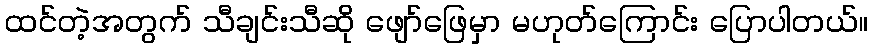
ထင်တဲ့အတွက် သီချင်းသီဆို ဖျော်ဖြေမှာ မဟုတ်ကြောင်း ပြောပါတယ်။